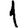
Digit: 1